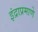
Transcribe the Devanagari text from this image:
इंद्राप्रमाणे